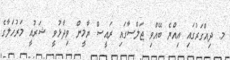
މ. ދިއްގަރުގައި އިއްޔެ ބޭއްވި ޖަލްސާގައި ރައީސް ޔާމީން ވިދާޅުވީ ޝަރުއީ މަރުހަލާގެ